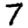
Digit: 7